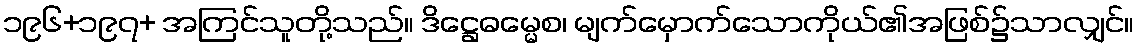
၁၉၆+၁၉၇+ အကြင်သူတို့သည်။ ဒိဋ္ဌေဓမ္မေစ၊ မျက်မှောက်သောကိုယ်၏အဖြစ်၌သာလျှင်။